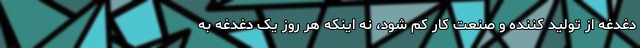
دغدغه از تولید کننده و صنعت کار کم شود، نه اینکه هر روز یک دغدغه به